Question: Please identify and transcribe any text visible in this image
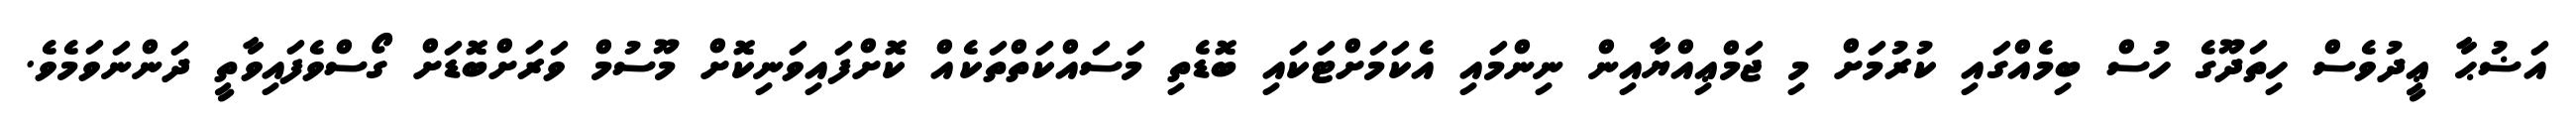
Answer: އަޟުޙާ ޢީދުވެސް ހިތަދޫގެ ހުސް ބިމެއްގައި ކުރުމަށް މި ޖަމްޢިއްޔާއިން ނިންމައި އެކަމަށްޓަކައި ބޮޑެތި މަސައްކަތްތަކެއް ކޮށްފައިވަނިކޮށް މޫސުމް ވަރަށްބޮޑަށް ގޯސްވެފައިވާތީ ދަންނަވަމެވެ.